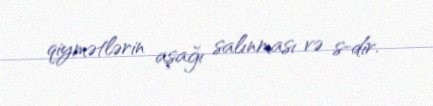
qiymətlərin aşağı salınması və s-dir.